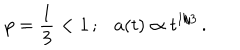
LaTeX: p = \frac { 1 } { 3 } < 1 \, ; a ( t ) \propto t ^ { 1 / 3 } \, .